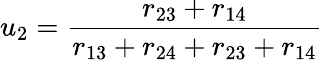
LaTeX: u_{2}=\frac{r_{23}+r_{14}}{r_{13}+r_{24}+r_{23}+r_{14}}